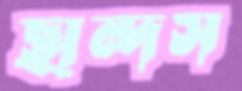
ছান্দস